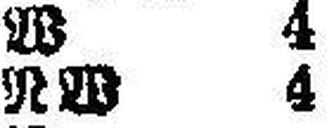
RW 4